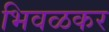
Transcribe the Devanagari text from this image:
भिवळकर